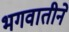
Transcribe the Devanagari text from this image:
भगवातीने